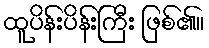
ထူပိန်းပိန်းကြီး ဖြစ်၏။